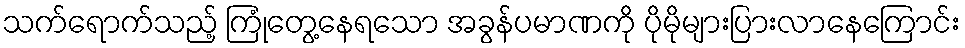
သက်ရောက်သည့် ကြုံတွေ့နေရသော အခွန်ပမာဏကို ပိုမိုများပြားလာနေကြောင်း